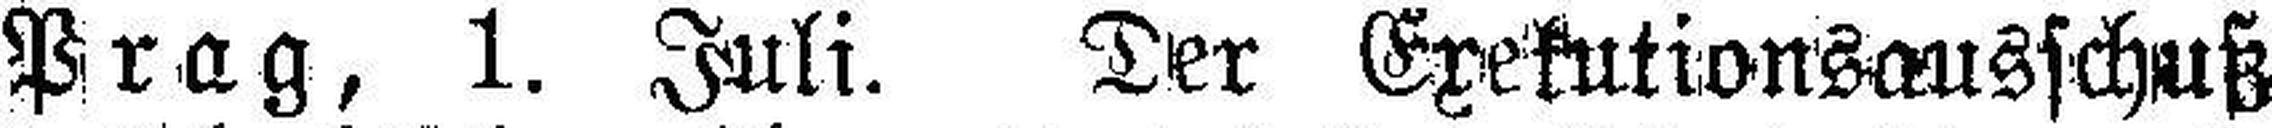
Prag, 1. Juli. Ter Exekutionsausschuß